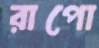
রাপো